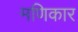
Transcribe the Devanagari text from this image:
मणिकार